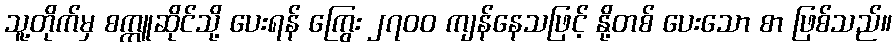
သူ့တိုက်မှ စက္ကူဆိုင်သို့ ပေးရန် ကြွေး ၂၇၀၀ ကျန်နေသဖြင့် နို့တစ် ပေးသော စာ ဖြစ်သည်။